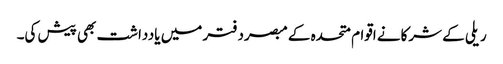
ریلی کے شرکانے اقوام متحدہ کے مبصردفتر میں یادداشت بھی پیش کی۔